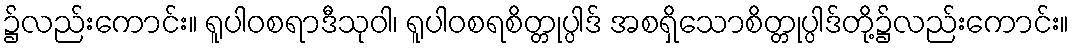
၌လည်းကောင်း။ ရူပါဝစရာဒီသုဝါ၊ ရူပါဝစရစိတ္တုပ္ပါဒ် အစရှိသောစိတ္တုပ္ပါဒ်တို့၌လည်းကောင်း။